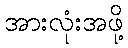
အားလုံးအဖို့